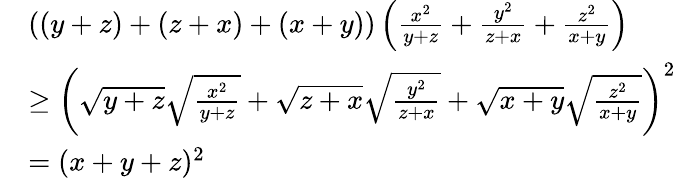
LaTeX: \begin{array}{rl}&{\left((y+z)+(z+x)+(x+y)\right)\left(\frac{x^{2}}{y+z}+\frac{y^{2}}{z+x}+\frac{z^{2}}{x+y}\right)}\\ &{\geq\left(\sqrt{y+z}\sqrt{\frac{x^{2}}{y+z}}+\sqrt{z+x}\sqrt{\frac{y^{2}}{z+x}}+\sqrt{x+y}\sqrt{\frac{z^{2}}{x+y}}\right)^{2}}\\ &{=(x+y+z)^{2}}\end{array}